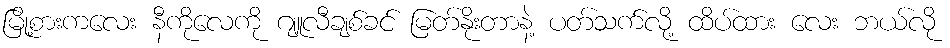
မြို့စားကလေး နီကိုလေကို ဂျူလီချစ်ခင် မြတ်နိုးတာနဲ့ ပတ်သက်လို့ ထိပ်ထား လေး ဘယ်လို